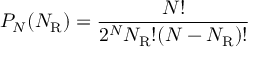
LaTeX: P _ { N } ( N _ { \mathrm { { R } } } ) = { \frac { N ! } { 2 ^ { N } N _ { \mathrm { { R } } } ! ( N - N _ { \mathrm { { R } } } ) ! } }